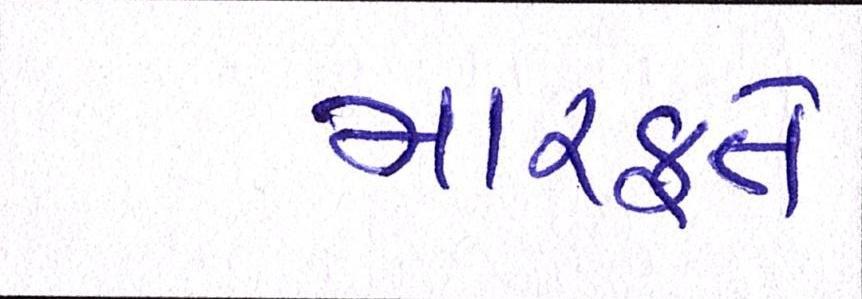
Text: મારફતે